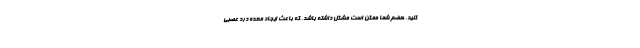
کنید. هضم شما ممکن است مشکل داشته باشد، که باعث ایجاد معده درد عصبی